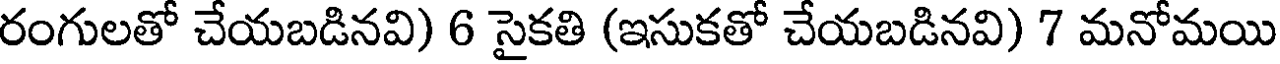
రంగులతో చేయబడినవి) 6 సైకతి (ఇసుకతో చేయబడినవి) 7 మనోమయి